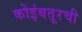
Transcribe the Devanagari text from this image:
कोइंबतूरची